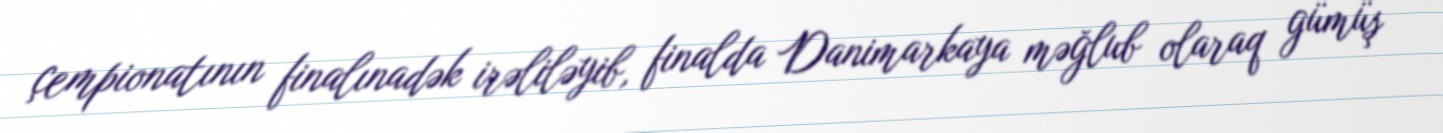
çempionatının finalınadək irəliləyib, finalda Danimarkaya məğlub olaraq gümüş